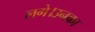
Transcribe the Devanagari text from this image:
लगे।उनका